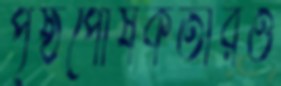
পৃষ্ঠপোষকতারও